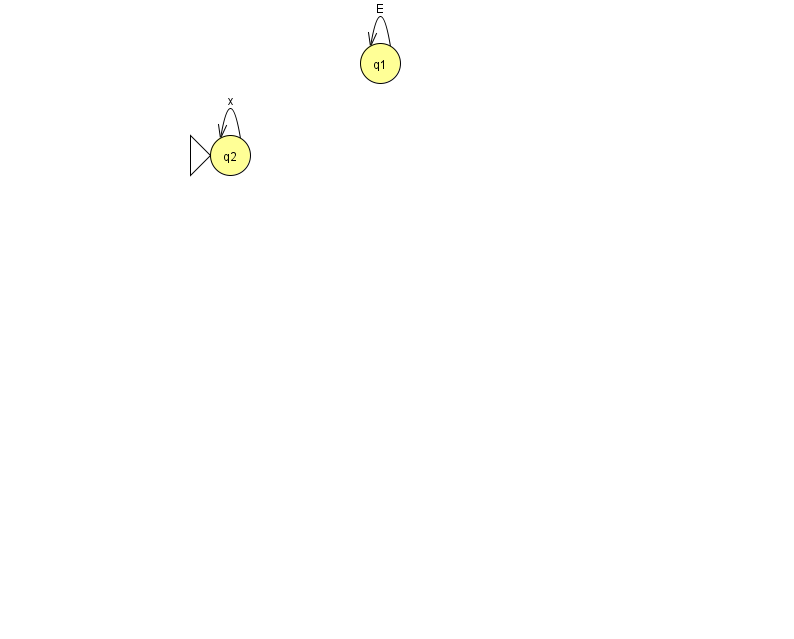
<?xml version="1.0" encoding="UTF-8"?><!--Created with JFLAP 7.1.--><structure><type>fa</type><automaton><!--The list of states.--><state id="1" name="q1"><x>380.0</x><y>50.0</y></state><state id="2" name="q2"><x>230.0</x><y>142.0</y><initial/></state><!--The list of transitions.--><transition><from>1</from><to>1</to><read>E</read></transition><transition><from>2</from><to>2</to><read>x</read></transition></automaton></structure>